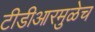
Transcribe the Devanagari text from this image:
टीडीआरमुळेच